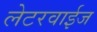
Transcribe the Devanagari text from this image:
लेटरवाईज